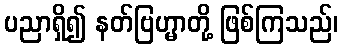
ပညာရှိ၍ နတ်ဗြဟ္မာတို့ ဖြစ်ကြသည်၊